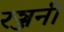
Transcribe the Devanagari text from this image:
रञ्जनी